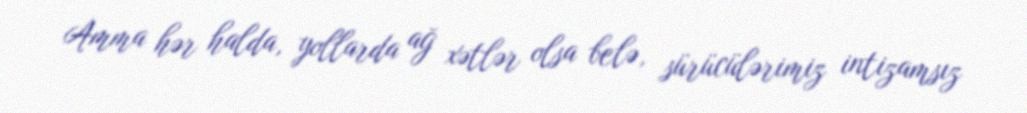
Amma hər halda, yollarda ağ xətlər olsa belə, sürücülərimiz intizamsız